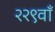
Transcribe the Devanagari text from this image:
२२९वाँ